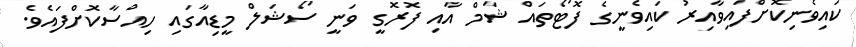
ކައިވެނިކޮށްފައިވާއިރު ކައިވެނީގެ ފޮޓޯތައް ޝާމް އާއި ފޮރޮގީ ވަނީ ސޯޝަލް މީޑިއާގައި ހިއްސާކޮށްފައެވެ.